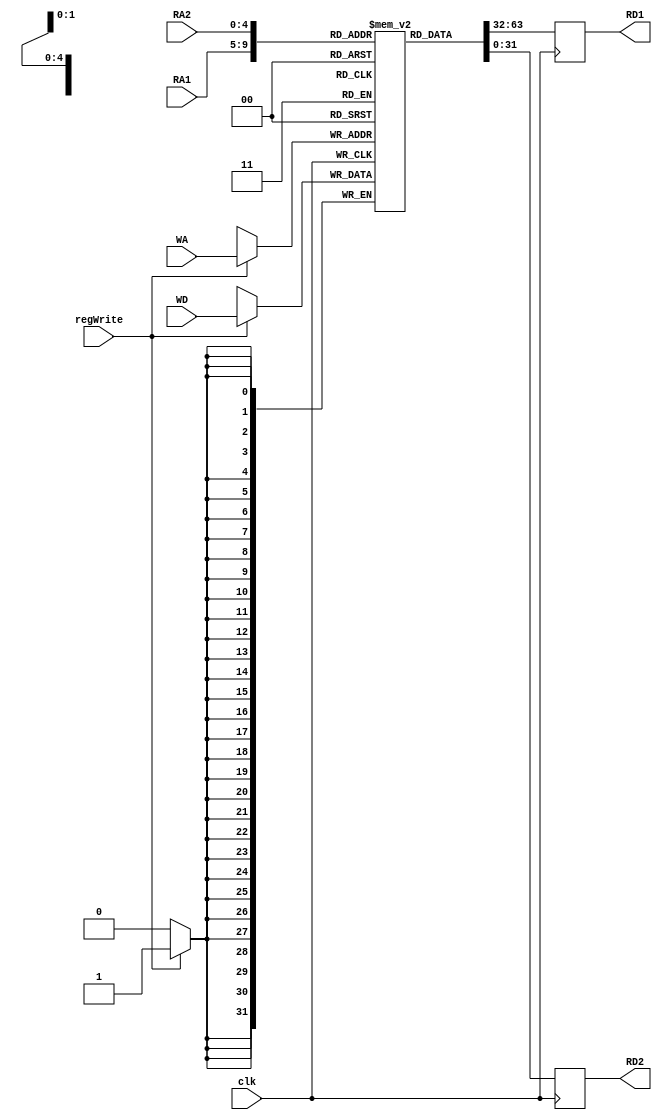
`timescale 1ns / 1ps

module register_bank(
    input clk,
    input regWrite,
    input [4:0] RA1,
    input [4:0] RA2,
    input [4:0] WA,
    input [31:0] WD,
    output reg [31:0] RD1,
    output reg [31:0] RD2
    );
    
    reg [31:0] registers [0:31];
    
    always@(posedge clk)
        begin
            RD1 = registers[RA1];
            RD2 = registers[RA2];
            if(regWrite)
                registers[WA] = WD;
        end
endmodule